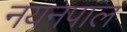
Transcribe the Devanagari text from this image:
नयनपाल